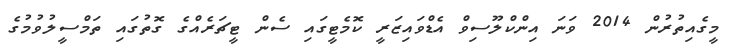
މީގެއިތުރުން 2014 ވަނަ އިންކްލޫސިވް އެޑްވައިޒަރީ ކޮމެޓީގައި ސެން ޓީޗަރެއްގެ ގޮތުގައި ތަމްސީލުވުމުގެ